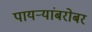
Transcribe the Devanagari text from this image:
पायऱ्यांबरोबर